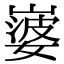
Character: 𡼃